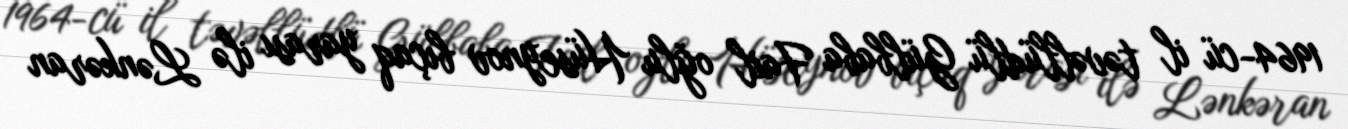
1964-cü il təvəllüdlü Gülbaba Fail oğlu Hüseynov bıçaq yarası ilə Lənkəran